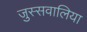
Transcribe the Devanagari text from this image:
जुस्सवालिया